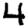
Digit: 4